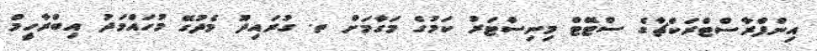
އިންފްރާސްޓްރަކްޗާގެ ސްޓޭޓް މިނިސްޓަރު ކަމުގެ މަގާމަށް ތ. ގުރައިދޫ މެދުގޭ މުހައްމަދު އިބްރާހީމް